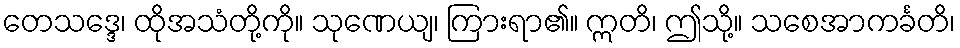
တေသဒ္ဒေ၊ ထိုအသံတို့ကို။ သုဏေယျ၊ ကြားရာ၏။ ဣတိ၊ ဤသို့။ သစေအာကင်္ခတိ၊